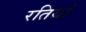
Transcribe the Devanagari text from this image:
रतियां